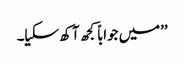
’’میں جواباً کجھ آکھ سکیا۔